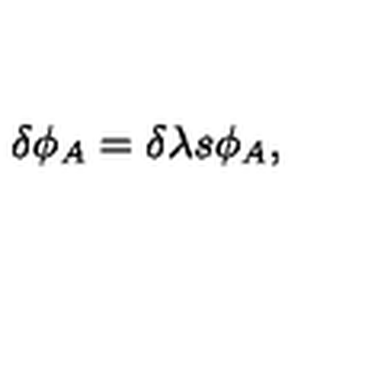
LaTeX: \delta \phi _ { A } = \delta \lambda s \phi _ { A } ,